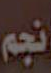
نجم